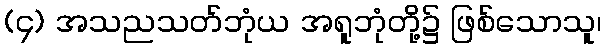
(၄) အသညသတ်ဘုံယ အရူဘုံတို့၌ ဖြစ်သောသူ၊